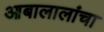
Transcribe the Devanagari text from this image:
आबालालांचा